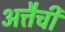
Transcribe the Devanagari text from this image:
अत्तैची